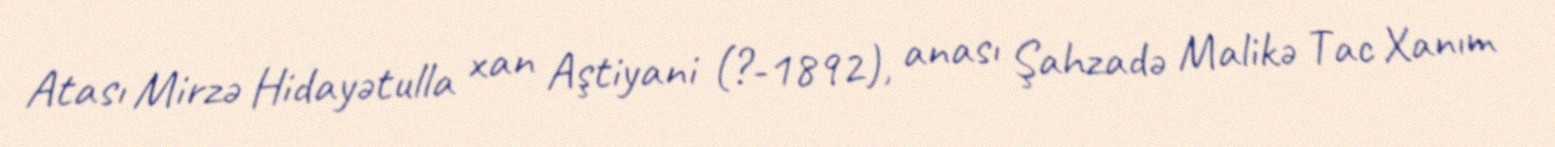
Atası Mirzə Hidayətulla xan Aştiyani (?-1892), anası Şahzadə Malikə Tac Xanım